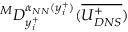
^ M D _ { y _ { i } ^ { + } } ^ { \alpha _ { N N } ( y _ { i } ^ { + } ) } ( \overline { { U _ { D N S } ^ { + } } } )